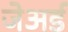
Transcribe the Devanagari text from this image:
जेअर्ड